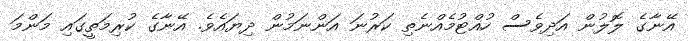
އޭނާގެ ލޮލުން އަދިވެސް ހުއްޓުމެއްނެތި ކަރުނަ އަންނަމުން ދިޔައެވެ. އޭނާގެ ކުރިމަތީގައި މަންމަ